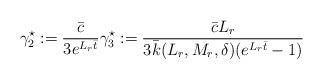
LaTeX: \begin{align*}\begin{aligned}\gamma_2^\star := \dfrac{\bar c}{3 e^{ L_r \bar{t}}}\gamma_3^\star := \dfrac{\bar c L_r }{3 \bar k(L_r,M_r, \delta) (e^{ L_r \bar{t}}-1)}\end{aligned}\end{align*}